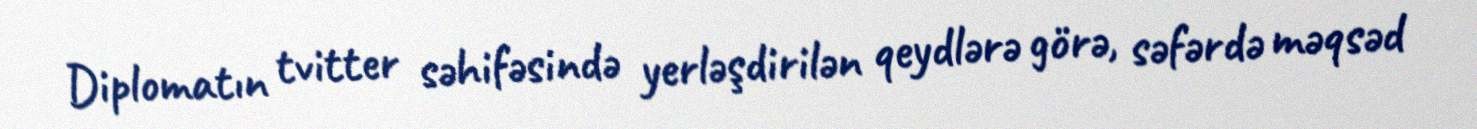
Diplomatın tvitter səhifəsində yerləşdirilən qeydlərə görə, səfərdə məqsəd